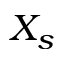
X _ { s }